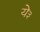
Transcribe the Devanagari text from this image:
ये३